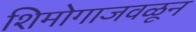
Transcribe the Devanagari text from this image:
शिमोगाजवळून